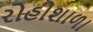
રોહીશાળા